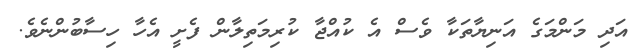
އަދި މަންމަގެ އަނިޔާތަކާ ވެސް އެ ކުއްޖާ ކުރިމަތިލާން ފެށީ އެހާ ހިސާބުންނެވެ.